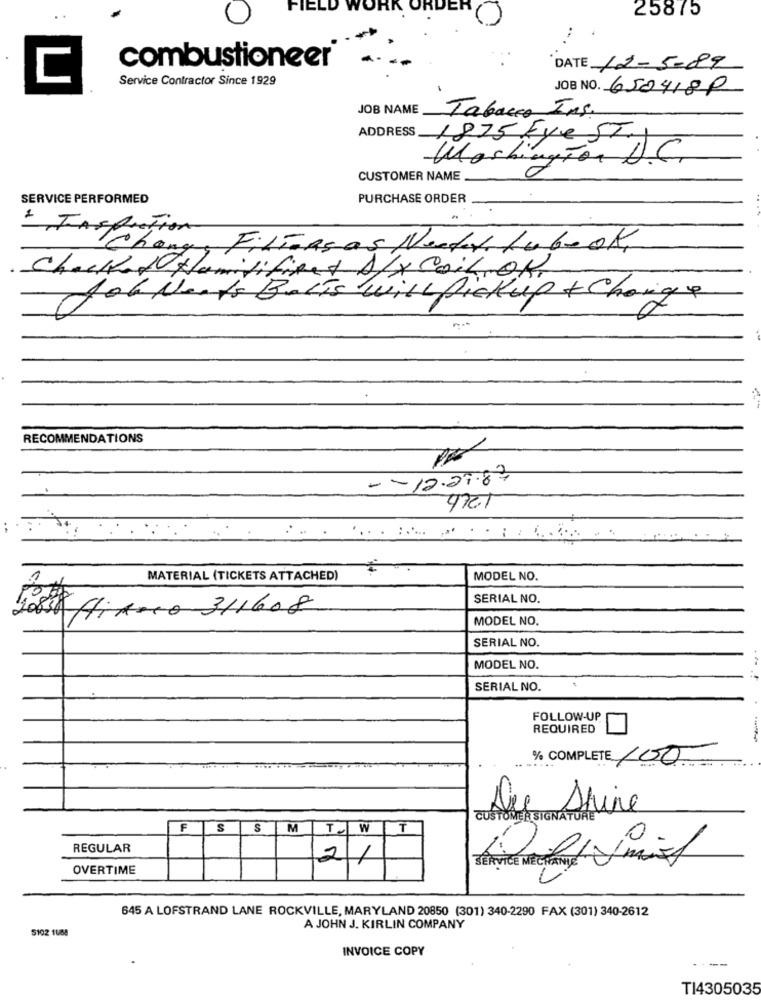
FIELD WORK ORD
25875
U
combustioneer
DATE 12-5-89
C
Service Contractor Since 1929
JOB NO. 650418P
JOB NAME
Tabacco Ins.
ADDRESS 1875 Eye ST.1
Washington D.C.
CUSTOMER NAME
SERVICE PERFORMED
PURCHASE ORDER
: Inspection
·hong, Filicasas Nextet tu book,
Choklad Hlamitificet ALX Coilrok
obterts Batis withPickup + Change
RECOMMENDATIONS
-- 12.27.87
4721
1
MATERIAL (TICKETS ATTACHED)
MODEL NO.
SERIAL NO.
20830 AiArco 311608
MODEL NO.
SERIAL NO.
MODEL NO.
SERIAL NO.
FOLLOW-UP
REQUIRED
% COMPLETE 100
Au Shine
CUSTOMER SIGNATURE
F
S
S
M
T.W
T
REGULAR
OVERTIME
21
645 A LOFSTRAND LANE ROCKVILLE, MARYLAND 20850 (301) 340-2290 FAX (301) 340-2612
A JOHN J. KIRLIN COMPANY
S102 1088
INVOICE COPY
TI4305035